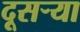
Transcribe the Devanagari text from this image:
दूसऱ्या